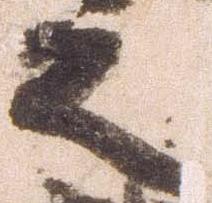
之